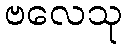
ဗလေသု